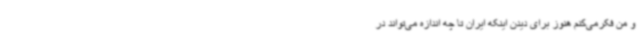
و من فکرمی‌کنم هنوز برای دیدن اینکه ایران تا چه اندازه می‌تواند در